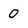
Character: 0